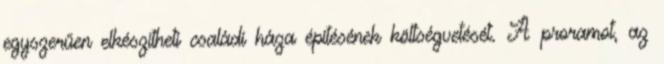
egyszerűen elkészítheti családi háza építésének költségvetését. A proramot, az